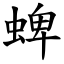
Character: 蜱